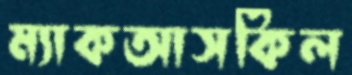
ম্যাকআসকিল